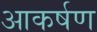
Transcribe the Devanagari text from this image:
आकर्षण्‍ा